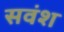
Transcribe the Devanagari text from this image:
सवंश